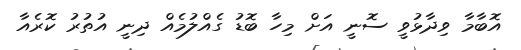
އޮބާމާ ވިދާޅުވީ ސޮނީ އަށް މިހާ ބޮޑު ގެއްލުމެއް ދިނީ އުތުރު ކޮރެއާ